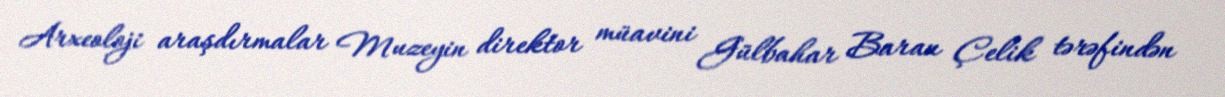
Arxeoloji araşdırmalar Muzeyin direktor müavini Gülbahar Baran Çelik tərəfindən